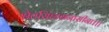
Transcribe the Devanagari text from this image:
श्वेतसिंहासनासीना।।।